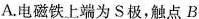
A.电磁铁上端为S极，触点B